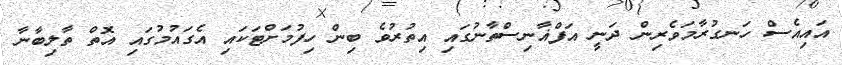
އައިއެސް ހަނގުރާމަވެރިން ދަނީ އަފްޣާނިސްތާނުގައި އިތުރުވެ ބިން ހިފުމަށްޓަކައި އެގައުމުގައި އޮތް ތާލިބާނާ